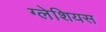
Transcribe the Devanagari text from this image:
ग्लेशियस